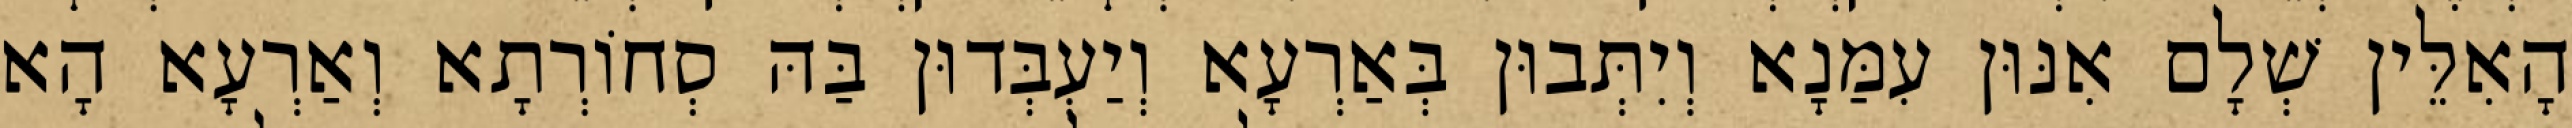
הָאִלֵּין שְׁלָם אִנּוּן עִמַּנָא וְיִתְּבוּן בְּאַרְעָא וְיַעְבְּדוּן בַּהּ סְחוֹרְתָא וְאַרְעָא הָא